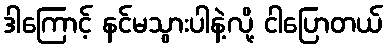
ဒါကြောင့် နင်မသွားပါနဲ့လို့ ငါပြောတယ်